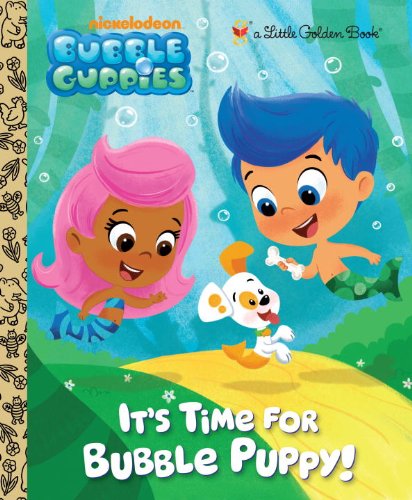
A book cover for It's Time for Bubble Puppy! (Bubble Guppies) (Little Golden Book); Golden Books; Children's Books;